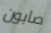
صابون